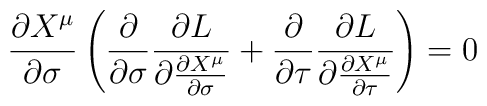
\frac{\partial X^\mu}{\partial \sigma}\left(\frac{\partial}{\partial \sigma}\frac{\partial L}{\partial  \frac{\partial X^\mu}{\partial \sigma}}+\frac{\partial}{\partial \tau}\frac{\partial L}{\partial  \frac{\partial X^\mu}{\partial \tau}}\right)=0